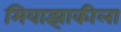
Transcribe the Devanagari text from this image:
मियाझाकीला